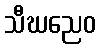
သီဃညေဝ